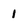
Character: 1